Scottish Leaving Certificate Examination, 1960
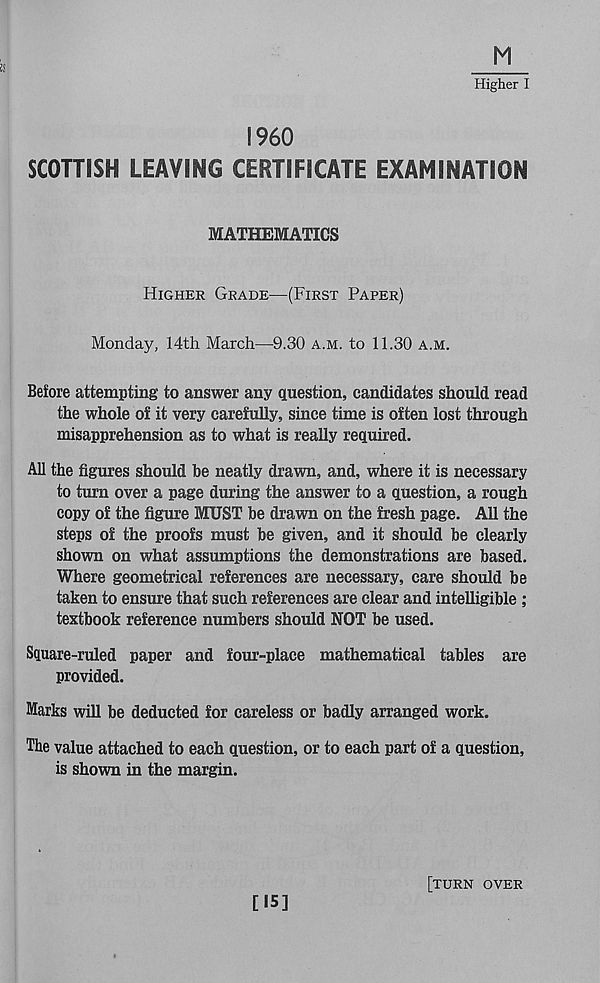
Higher I
I960
SCOTTISH LEAVING CERTIFICATE EXAMINATION
MATHEMATICS
Higher Grade^—(First Paper)
Monday, 14th March—9.30 a.m. to 11.30 a.m.
Before attempting to answer any question, candidates should read
the whole of it very carefully, since time is often lost through
misapprehension as to what is really required.
All the figures should be neatly drawn, and, where it is necessary
to turn over a page during the answer to a question, a rough
copy of the figure MUST be drawn on the fresh page. All the
steps of the proofs must be given, and it should be clearly
shown on what assumptions the demonstrations are based.
Where geometrical references are necessary, care should be
taken to ensure that such references are clear and intelligible ;
textbook reference numbers should NOT be used.
Square-ruled paper and four-place mathematical tables are
provided.
Marks will be deducted for careless or badly arranged work.
The value attached to each question, or to each part of a question,
is shown in the margin.
[15]
[turn over